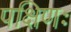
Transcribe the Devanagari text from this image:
पक्षिणः